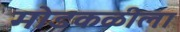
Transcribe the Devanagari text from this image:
मोडकळीला